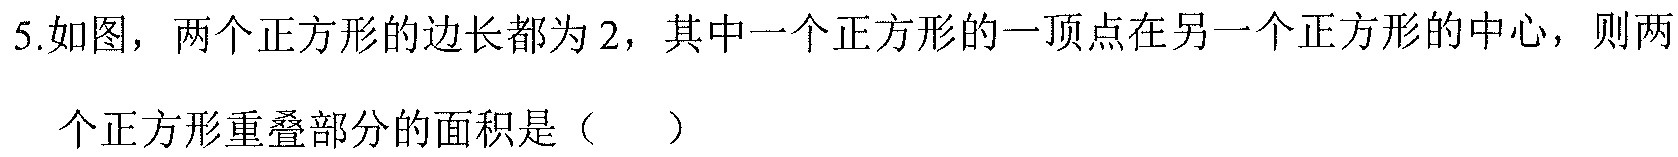
5.如图，两个正方形的边长都为$2$，其中一个正方形的一顶点在另一个正方形的中心，则两个正方形重叠部分的面积是（  ）